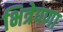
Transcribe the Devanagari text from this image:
भित्रेपणा